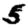
Digit: 5